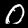
Digit: 0